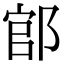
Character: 𨜌